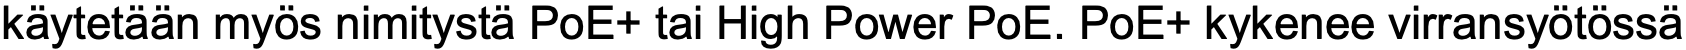
käytetään myös nimitystä PoE+ tai High Power PoE. PoE+ kykenee virransyötössä